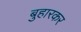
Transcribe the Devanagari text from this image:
बुहारकर